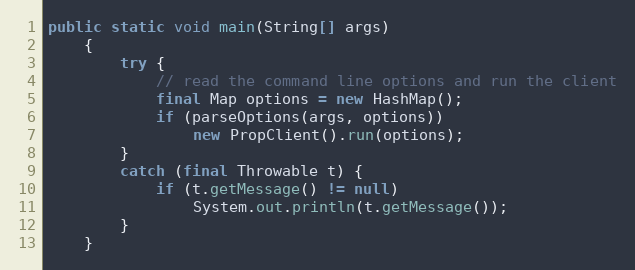
Language: Java
public static void main(String[] args)
	{
		try {
			// read the command line options and run the client
			final Map options = new HashMap();
			if (parseOptions(args, options))
				new PropClient().run(options);
		}
		catch (final Throwable t) {
			if (t.getMessage() != null)
				System.out.println(t.getMessage());
		}
	}